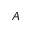
A